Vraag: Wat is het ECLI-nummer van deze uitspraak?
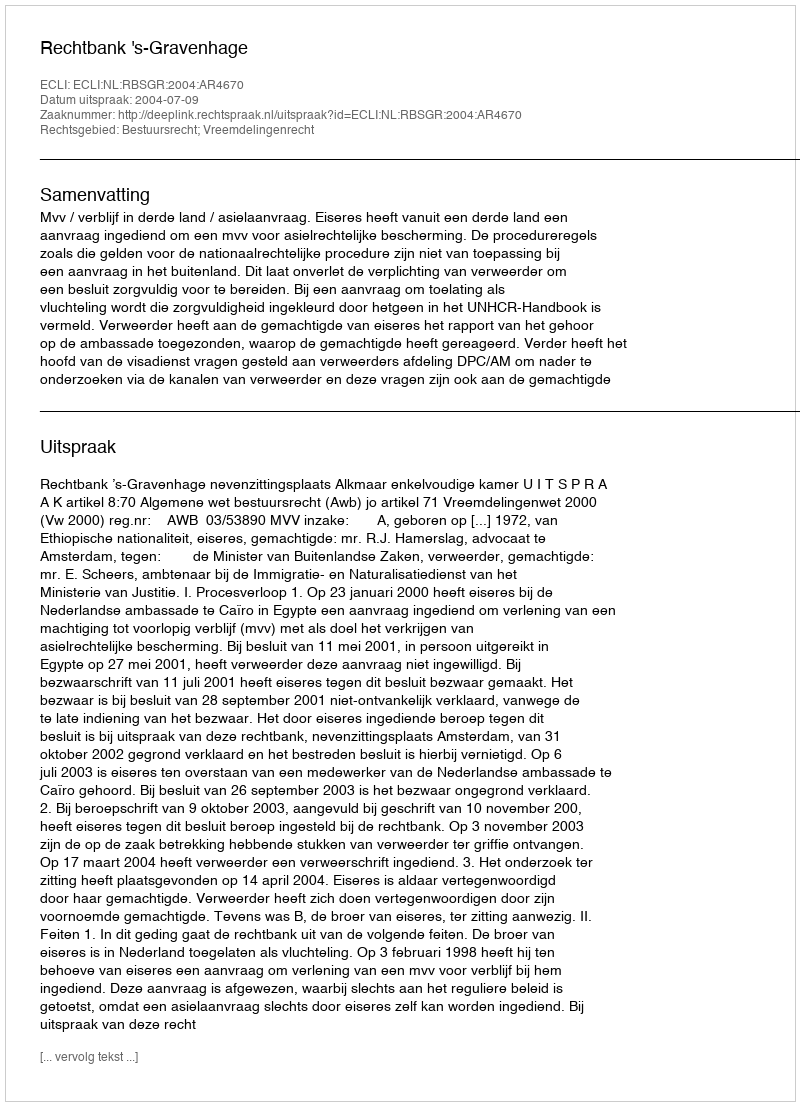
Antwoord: ECLI:NL:RBSGR:2004:AR4670